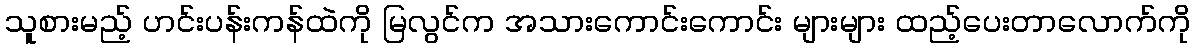
သူစားမည့် ဟင်းပန်းကန်ထဲကို မြလွင်က အသားကောင်းကောင်း များများ ထည့်ပေးတာလောက်ကို